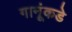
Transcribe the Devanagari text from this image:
गानूंकडे